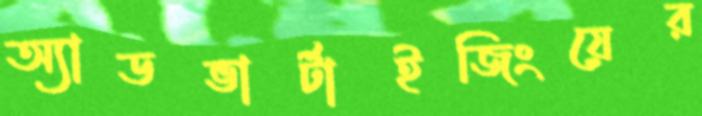
অ্যাডভার্টাইজিংয়ের